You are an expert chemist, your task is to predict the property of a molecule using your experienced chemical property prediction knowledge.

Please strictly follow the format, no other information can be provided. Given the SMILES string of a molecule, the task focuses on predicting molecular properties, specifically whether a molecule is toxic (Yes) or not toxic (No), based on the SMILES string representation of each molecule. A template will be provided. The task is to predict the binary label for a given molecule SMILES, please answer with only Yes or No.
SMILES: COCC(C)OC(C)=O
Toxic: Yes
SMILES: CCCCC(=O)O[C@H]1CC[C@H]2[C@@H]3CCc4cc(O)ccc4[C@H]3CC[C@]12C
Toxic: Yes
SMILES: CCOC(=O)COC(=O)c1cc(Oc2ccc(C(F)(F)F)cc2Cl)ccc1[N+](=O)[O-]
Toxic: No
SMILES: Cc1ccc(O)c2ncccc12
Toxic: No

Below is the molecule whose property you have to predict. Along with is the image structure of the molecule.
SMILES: CCC(C)(C)C1CCC(O)CC1
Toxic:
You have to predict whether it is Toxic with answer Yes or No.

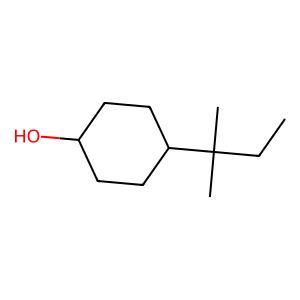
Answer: No